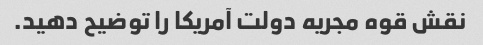
نقش قوه مجریه دولت آمریکا را توضیح دهید.